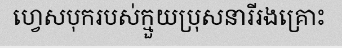
ហ្វេសបុករបស់ក្មួយប្រុសនារីរងគ្រោះ